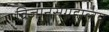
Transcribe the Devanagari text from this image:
विज्ञानसंग्रहालय